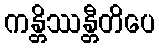
ကန္တိဿန္တီတိပေ